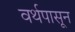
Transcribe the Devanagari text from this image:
वर्थपासून